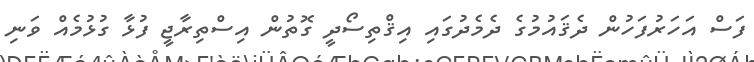
ފަސް އަހަރުފަހުން ދެޤައުމުގެ ދެމެދުގައި އިޤްތިސޯދީ ގޮތުން އިސްތިރާޖީ ފުޅާ ގުޅުމެއް ވަނި